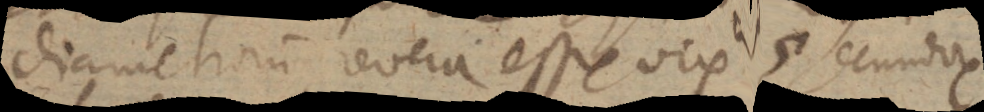
diametrorum revera esse vix 5 secundorum